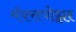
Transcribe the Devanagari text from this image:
मॅक्सपोझर